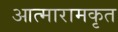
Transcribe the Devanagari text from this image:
आत्मारामकृत